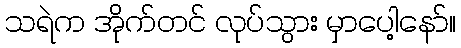
သရဲက အိုက်တင် လုပ်သွား မှာပေါ့နော်။